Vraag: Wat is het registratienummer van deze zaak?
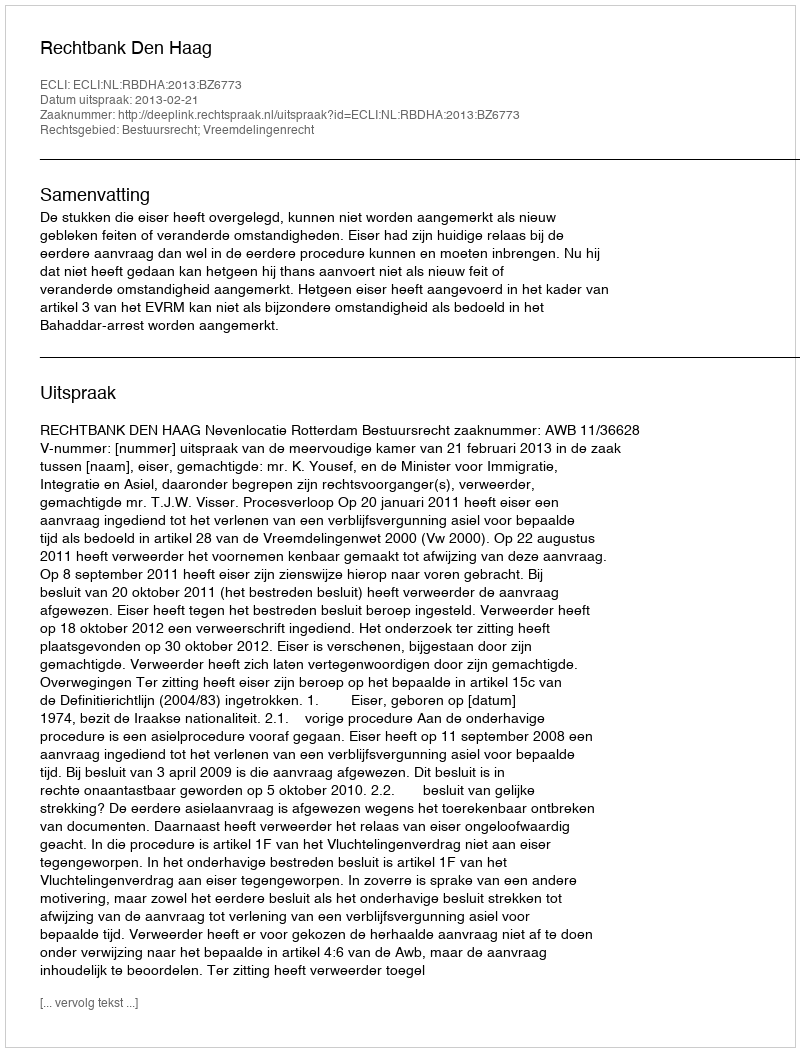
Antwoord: http://deeplink.rechtspraak.nl/uitspraak?id=ECLI:NL:RBDHA:2013:BZ6773